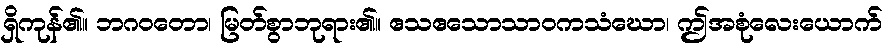
ရှိကုန်၏။ ဘဂဝတော၊ မြတ်စွာဘုရား၏။ ဧသဧသောသာဝကသံဃော၊ ဤအစုံလေးယောက်